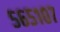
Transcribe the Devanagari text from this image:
५६५१०७